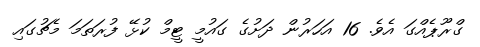
ގްރޫޕެއްގަ އެވެ. 16 އަހަރުން ދަށުގެ ގައުމީ ޓީމް ކުޅޭ ފުރަތަމަ މެޗުގައި